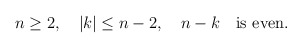
\begin{align*}n\geq2,\quad|k|\leq n-2,\quad n-k\mbox\quad\mbox{is even}.\end{align*}